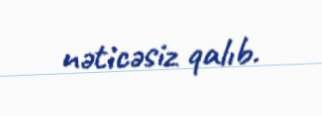
nəticəsiz qalıb.